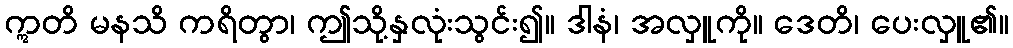
ဣတိ မနသိ ကရိတွာ၊ ဤသို့နှလုံးသွင်း၍။ ဒါနံ၊ အလှူကို။ ဒေတိ၊ ပေးလှူ၏။